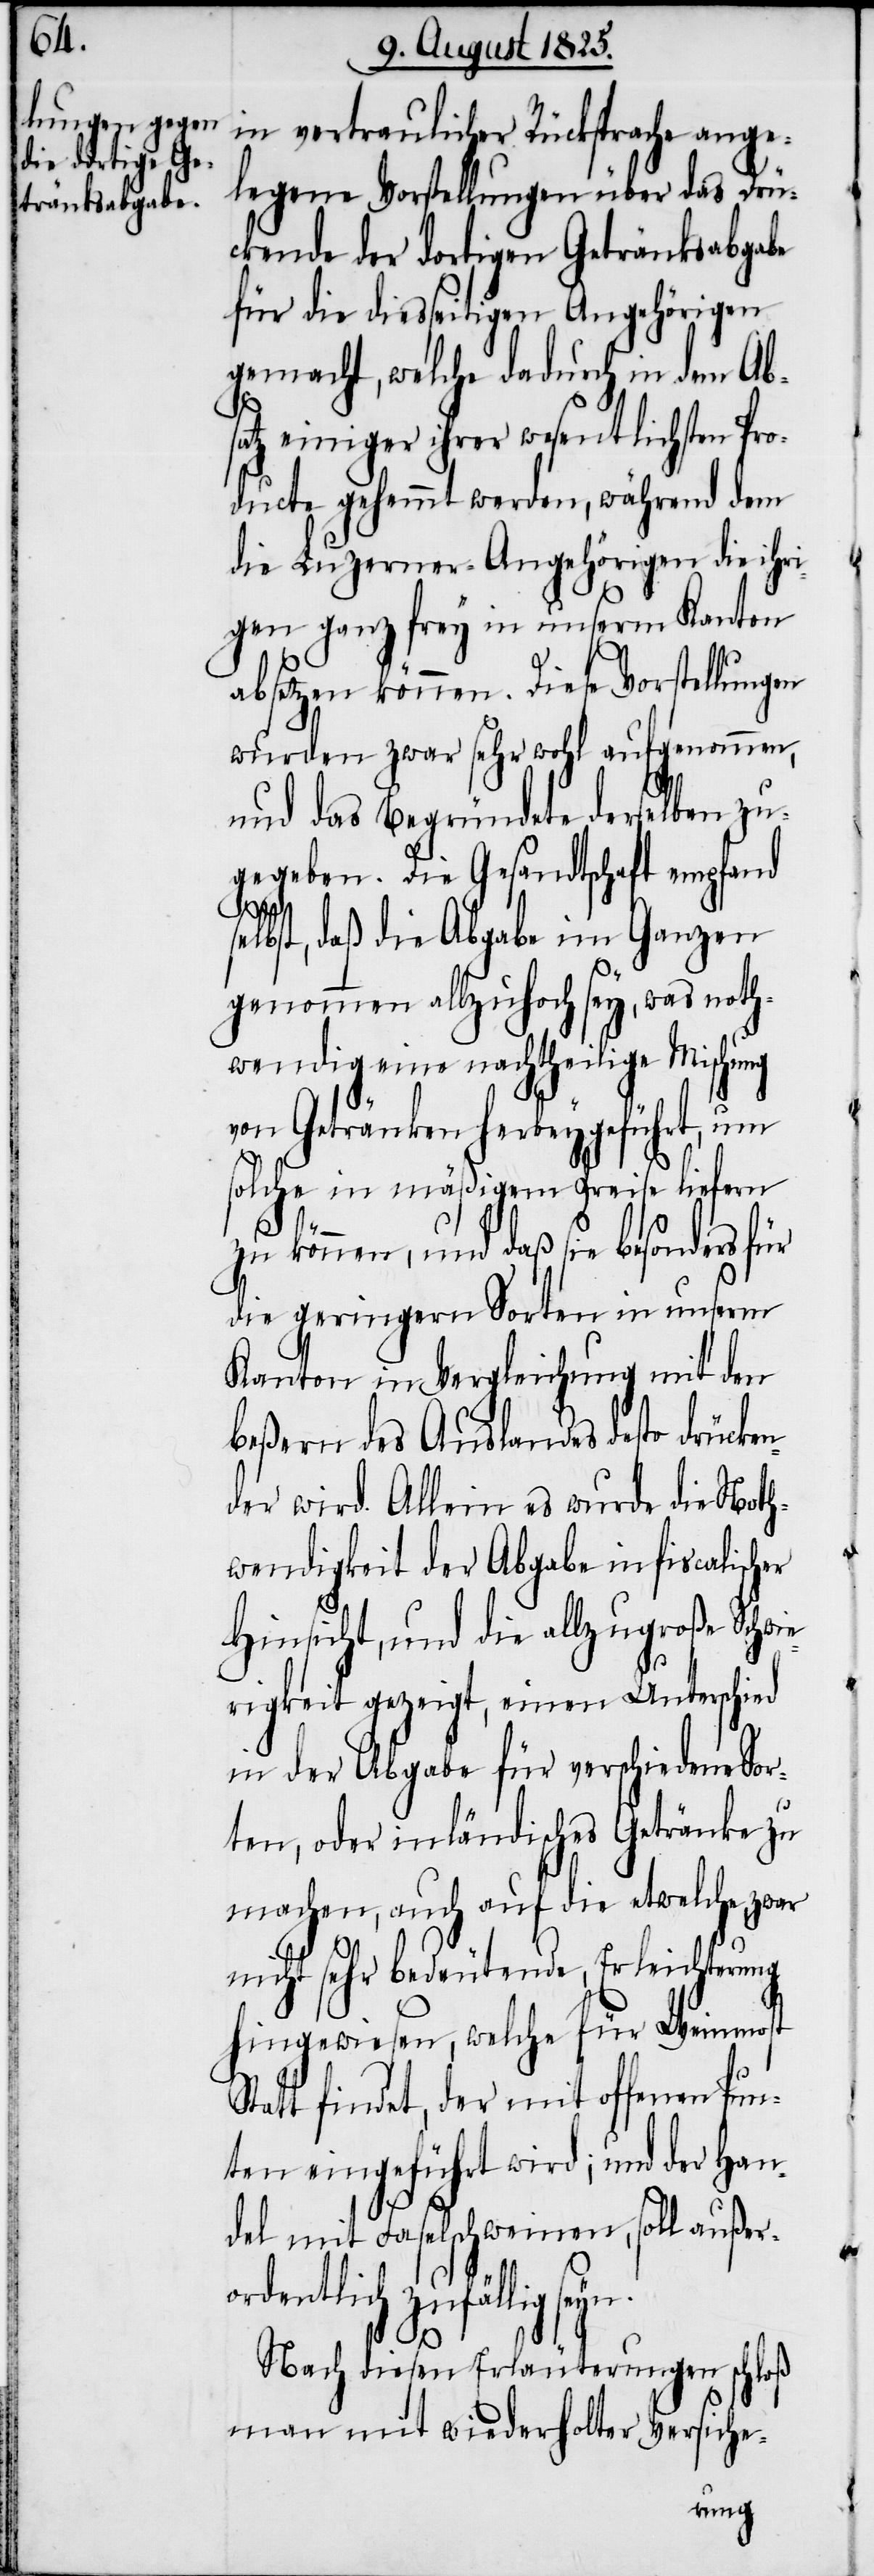
in vertraulicher Rücksprache ange¬
legene Vorstellungen über das Drü¬
ckende der dortigen Getränksabgabe
für die diesseitigen Angehörigen
gemacht, welche dadurch in dem Ab¬
satz einiger ihrer wesentlichsten
ducte gehemmt werden, während dem
die Luzerner-Angehörigen die ihri¬
gen ganz frey in unserm Kanton
absetzen können. Diese Vorstellungen
wurden zwar sehr wohl aufgenommen,
und das Begründete derselben zu¬
gegeben. Die Gesandtschaft empfand
s¬
elbst, daß die Abgabe im Ganzen
genommen allzuhoch sey, was noth¬
wendig eine nachtheilige Mischung
von Getränken herbeygeführt, um
solche in mäßigem Preise liefern
zu können, und daß sie besonders für
die geringern Sorten in unserm
Kanton in Vergleichung mit den
beßern des Auslandes desto drücke¬
der wird. Allein es wurde die Noth¬
wendigkeit der Abgabe in fiscalischer
Hinsicht, und die allzugroße Schwie¬
rigkeit gezeigt, einen Unterschied
in der Abgabe für verschiedene Sor¬
ten, oder inländisches Getränke zu
machen, auch auf die etwelche zwar
nicht sehr bedeutende Erleichterung
hingewiesen, welche für Weinmost
Statt findet, der mit offenen Pun¬
ten eingeführt wird; und der Han¬
del mit Faselschweinen, soll außeror¬
dentlich zufällig
Nach diesen Erläuterungen schloß
man mit wiederholter Versiche-
n¬